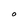
Character: O